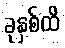
ခုနှစ်ထိ